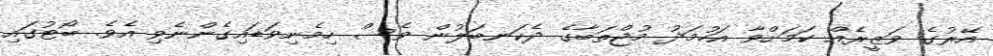
އޭރުގެ ވަޒީރެއް ކަމަށްވާ އަހުމަދު މުޖްތަބާގެ ދެކަނބަލުން ވެސް ހިމެނިވަޑައިގެންނެވި އެވެ. ބޯޓުގައި